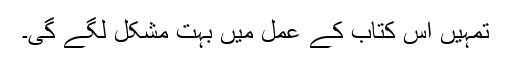
تمہیں اس کتاب کے عمل میں بہت مشکل لگے گی۔